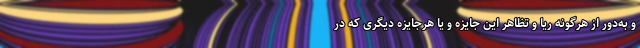
و به‌دور از هرگونه ریا و تظاهر این جایزه و یا هرجایزه دیگری که در